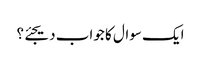
ایک سوال کا جواب دیجئے؟